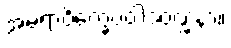
အမရာဝိက္ခေပဝါဒဝဏ္ဏနာ။